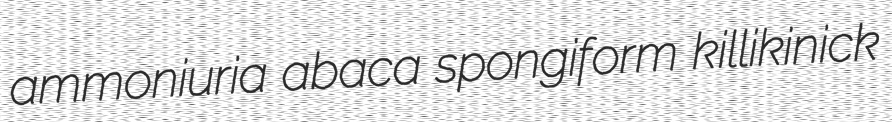
ammoniuria abaca spongiform killikinick